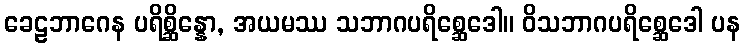
ခေဠဘာဂေန ပရိစ္ဆိန္နော, အယမဿ သဘာဂပရိစ္ဆေဒေါ။ ဝိသဘာဂပရိစ္ဆေဒေါ ပန